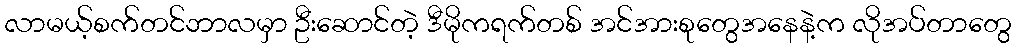
လာမယ့်စက်တင်ဘာလမှာ ဦးဆောင်တဲ့ ဒီမိုကရက်တစ် အင်အားစုတွေအနေနဲ့က လိုအပ်တာတွေ